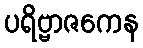
ပရိဗ္ဗာဇကေန